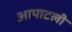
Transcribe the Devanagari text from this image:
आपाटली